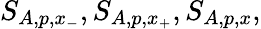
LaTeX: S_{A,p,x_{-}},S_{A,p,x_{+}},S_{A,p,x},